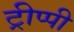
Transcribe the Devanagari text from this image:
ट्रीप्पी